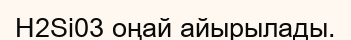
Н2Si03 оңай айырылады.